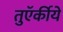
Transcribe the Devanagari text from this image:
तुऍर्कीये